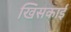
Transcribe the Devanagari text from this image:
खिसकाई